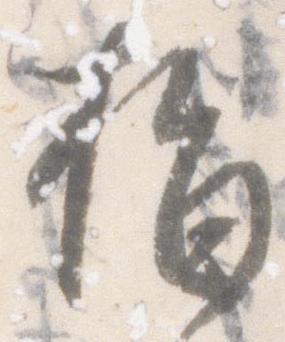
指